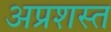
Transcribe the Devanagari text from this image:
अप्रशस्त